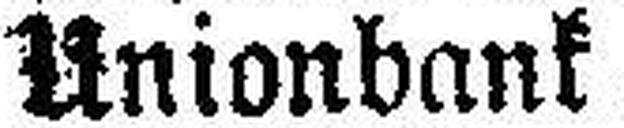
Unionbank